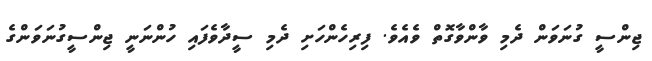
ޖިންސީ ގުނަވަން ދެމި ވާންވާގޮތް ވެއެވެ. ފިރިހެންހަށި ދެމި ސީދާވެފައި ހުންނަނީ ޖިންސީގުނަވަންގެ